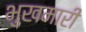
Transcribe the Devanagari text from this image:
भुखमारी